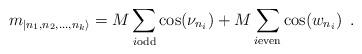
LaTeX: \begin{align*}m_{|n_{1},n_{2},\dots ,n_{k}\rangle }=M\sum _{i\textrm{}\mathrm{odd}}\cos (\nu _{n_{i}})+M\sum _{i\textrm{}\mathrm{even}}\cos (w_{n_{i}})\, \, \, .\end{align*}